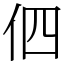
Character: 伵